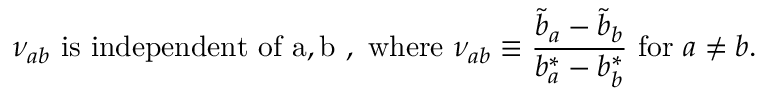
\nu _ { a b } ~ { \mathrm { i s ~ i n d e p e n d e n t ~ o f ~ a , b ~ , ~ w h e r e } } ~ \nu _ { a b } \equiv { \frac { { \widetilde b } _ { a } - { \widetilde b } _ { b } } { b _ { a } ^ { * } - b _ { b } ^ { * } } } ~ { \mathrm { f o r } } ~ a \not = b .